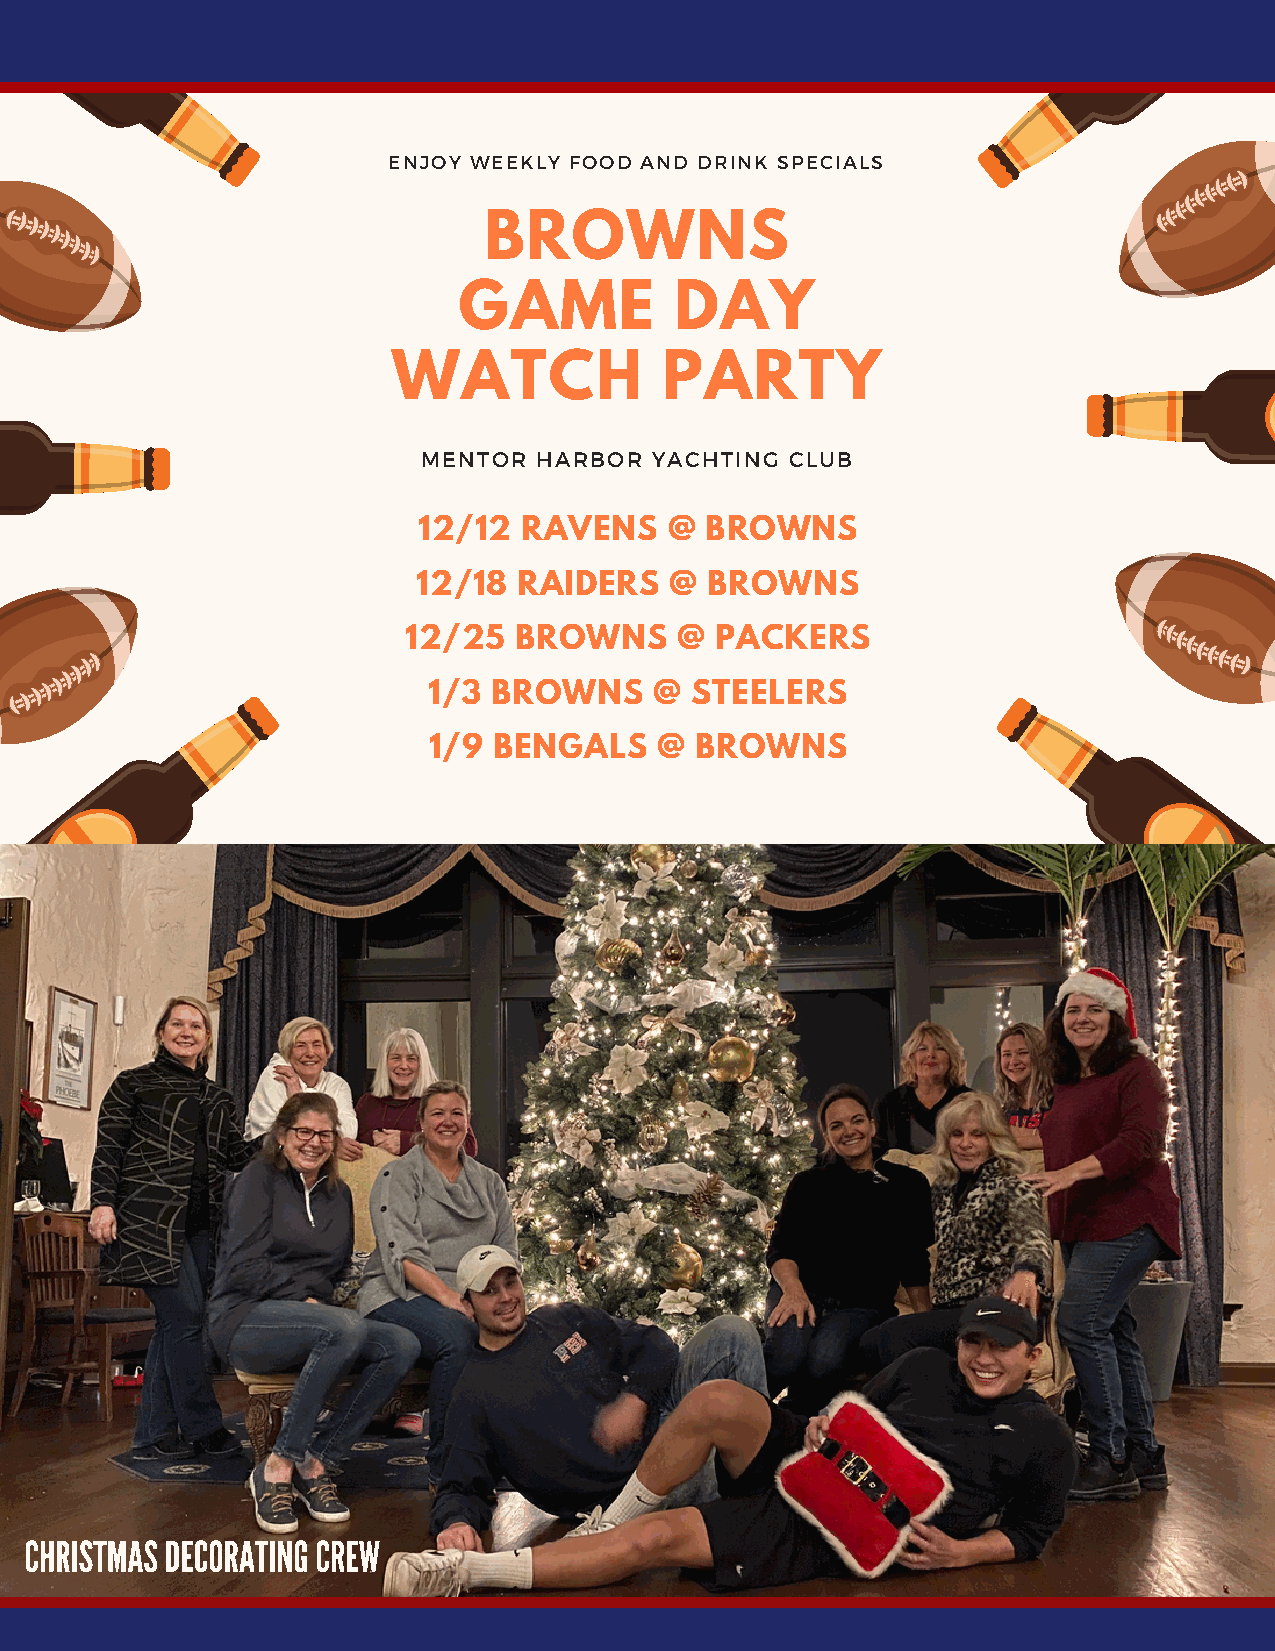
ENJOY WEEKLY FOOD AND DRINK SPECIALS
 BROWNS
 GAME           DAY
 WATCH             PARTY
 MENTOR HARBOR  YACHTING CLUB
 12/12 RAVENS    @  BROWNS
 12/18 RAIDERS   @  BROWNS
 12/25  BROWNS     @ PACKERS
 1/3  BROWNS    @  STEELERS
 1/9  BENGALS   @  BROWNS
 CHRISTMAS DECORATING CREW